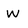
Character: w